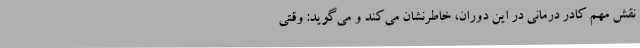
نقش مهم کادر درمانی در این دوران، خاطرنشان می‌کند و می‌گوید: وقتی